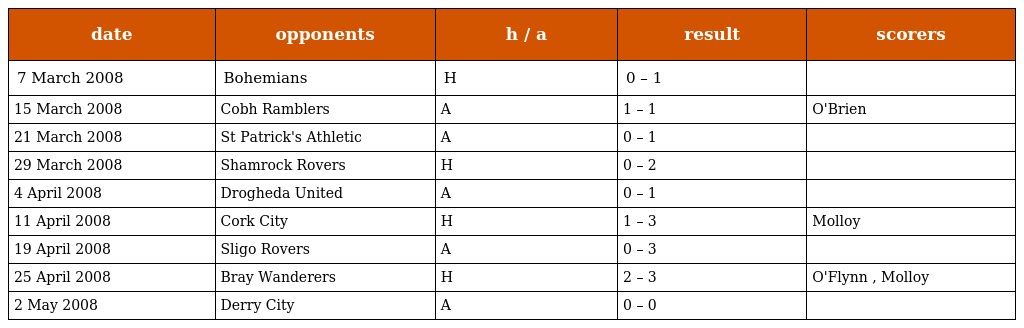
| date | opponents | h / a | result | scorers |
 | --- | --- | --- | --- | --- |
 | 7 March 2008 | Bohemians | H | 0 – 1 |  |
 | 15 March 2008 | Cobh Ramblers | A | 1 – 1 | O'Brien |
 | 21 March 2008 | St Patrick's Athletic | A | 0 – 1 |  |
 | 29 March 2008 | Shamrock Rovers | H | 0 – 2 |  |
 | 4 April 2008 | Drogheda United | A | 0 – 1 |  |
 | 11 April 2008 | Cork City | H | 1 – 3 | Molloy |
 | 19 April 2008 | Sligo Rovers | A | 0 – 3 |  |
 | 25 April 2008 | Bray Wanderers | H | 2 – 3 | O'Flynn , Molloy |
 | 2 May 2008 | Derry City | A | 0 – 0 |  |